Indian journal of veterinary science and animal husbandry - Volumes 18-21, 1948-1951
Year: 1948
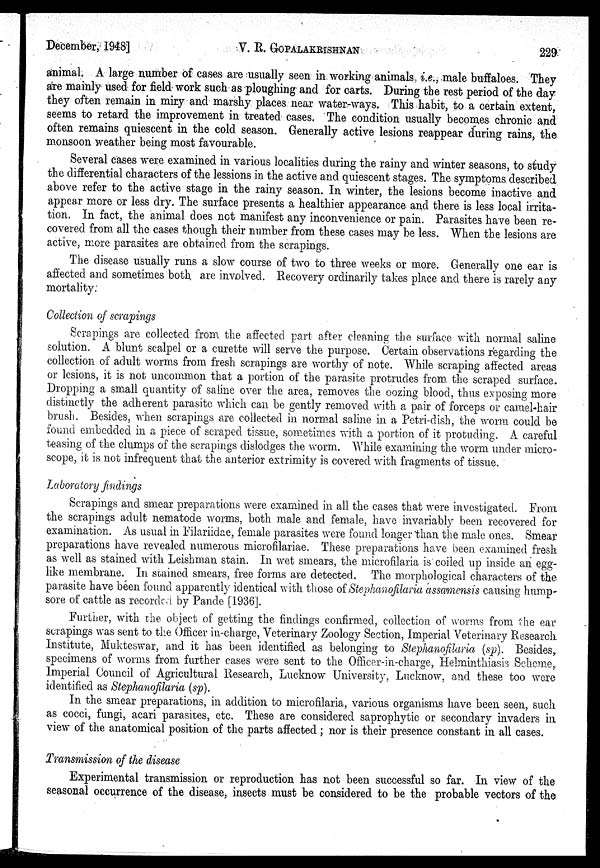
December, 1948]
V. R.
GOPALAKRISHNAN
229
animal. A large number of cases are usually seen in working animals, i.e., male buffaloes. They
are mainly used for field work such as ploughing and for carts. During the rest period of the day
they often remain in miry and marshy places near water-ways. This habit, to a certain extent,
seems to retard the improvement in treated cases. The condition usually becomes chronic and
often remains quiescent in the cold season. Generally active lesions reappear during rains, the
monsoon weather being most favourable.
Several cases were examined in various localities during the rainy and winter seasons, to study
the differential characters of the lessions in the active and quiescent stages. The symptoms described
above refer to the active stage in the rainy season. In winter, the lesions become inactive and
appear more or less dry. The surface presents a healthier appearance and there is less local irrita-
tion. In fact, the animal does not manifest any inconvenience or pain. Parasites have been re-
covered from all the cases though their number from these cases may be less. When the lesions are
active, more parasites are obtained from the scrapings.
The disease usually runs a slow course of two to three weeks or more. Generally one ear is
affected and sometimes both are involved. Recovery ordinarily takes place and there is rarely any
mortality.
Collection of scrapings
Scrapings are collected from the affected part after cleaning the surface with normal saline
solution. A blunt scalpel or a curette will serve the purpose. Certain observations regarding the
collection of adult worms from fresh scrapings are worthy of note. While scraping affected areas
or lesions, it is not uncommon that a portion of the parasite protrudes from the scraped surface.
Dropping a small quantity of saline over the area, removes the oozing blood, thus exposing more
distinctly the adherent parasite which can be gently removed with a pair of forceps or camel-hair
brush. Besides, when scrapings are collected in normal saline in a Petri-dish, the worm could be
found embedded in a piece of scraped tissue, sometimes with a portion of it protuding. A careful
teasing of the clumps of the scrapings dislodges the worm. While examining the worm under micro-
scope, it is not infrequent that the anterior extrimity is covered with fragments of tissue.
Laboratory findings
Scrapings and smear preparations were examined in all the cases that were investigated. From
the scrapings adult nematode worms, both male and female, have invariably been recovered for
examination. As usual in Filariidae, female parasites were found longer than the male ones. Smear
preparations have revealed numerous microfilariae. These preparations have been examined fresh
as well as stained with Leishman stain. In wet smears, the microfilaria is coiled up inside an egg-
like membrane. In stained smears, free forms are detected. The morphological characters of the
parasite have been found apparently identical with those of Stephanofilaria assamensis causing hump-
sore of cattle as recorded by Pande [1936].
Further, with the object of getting the findings confirmed, collection of worms from the ear
scrapings was sent to the Officer in-charge, Veterinary Zoology Section, Imperial Veterinary Research
Institute, Mukteswar, and it has been identified as belonging to Stephanofilaria (sp). Besides,
specimens of worms from further cases were sent to the Officer-in-charge, Helminthiasis Scheme,
Imperial Council of Agricultural Research, Lucknow University, Lucknow, and these too were
identified as Stephanofilaria (sp).
In the smear preparations, in addition to microfilaria, various organisms have been seen, such
as cocci, fungi, acari parasites, etc. These are considered saprophytic or secondary invaders in
view of the anatomical position of the parts affected ; nor is their presence constant in all cases.
Transmission of the disease
Experimental transmission or reproduction has not been successful so far. In view of the
seasonal occurrence of the disease, insects must be considered to be the probable vectors of the